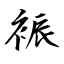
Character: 裖